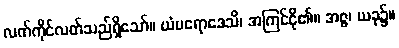
လက်ကိုင်လတ်သည်ရှိသော်။ ယံပရောဒေသိ၊ အကြင်ငို၏။ အဇ္ဇ၊ ယခု၌။